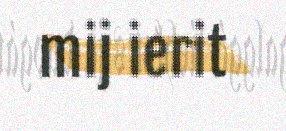
mij ierit